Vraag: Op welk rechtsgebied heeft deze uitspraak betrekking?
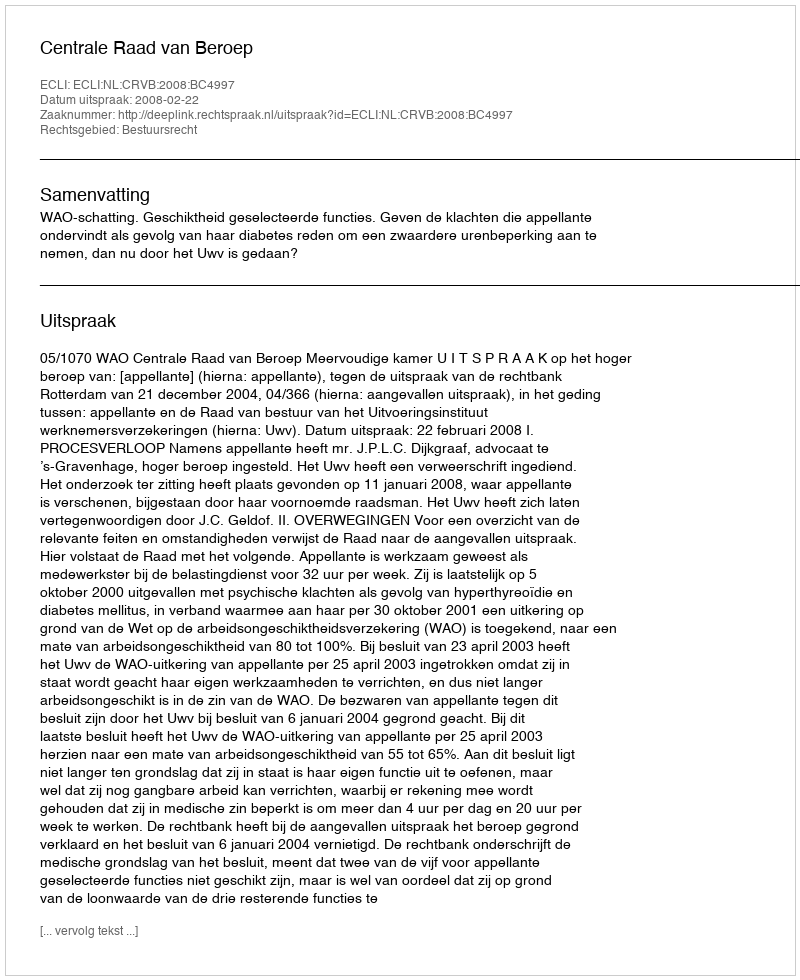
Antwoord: Bestuursrecht